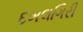
દખલગિરી